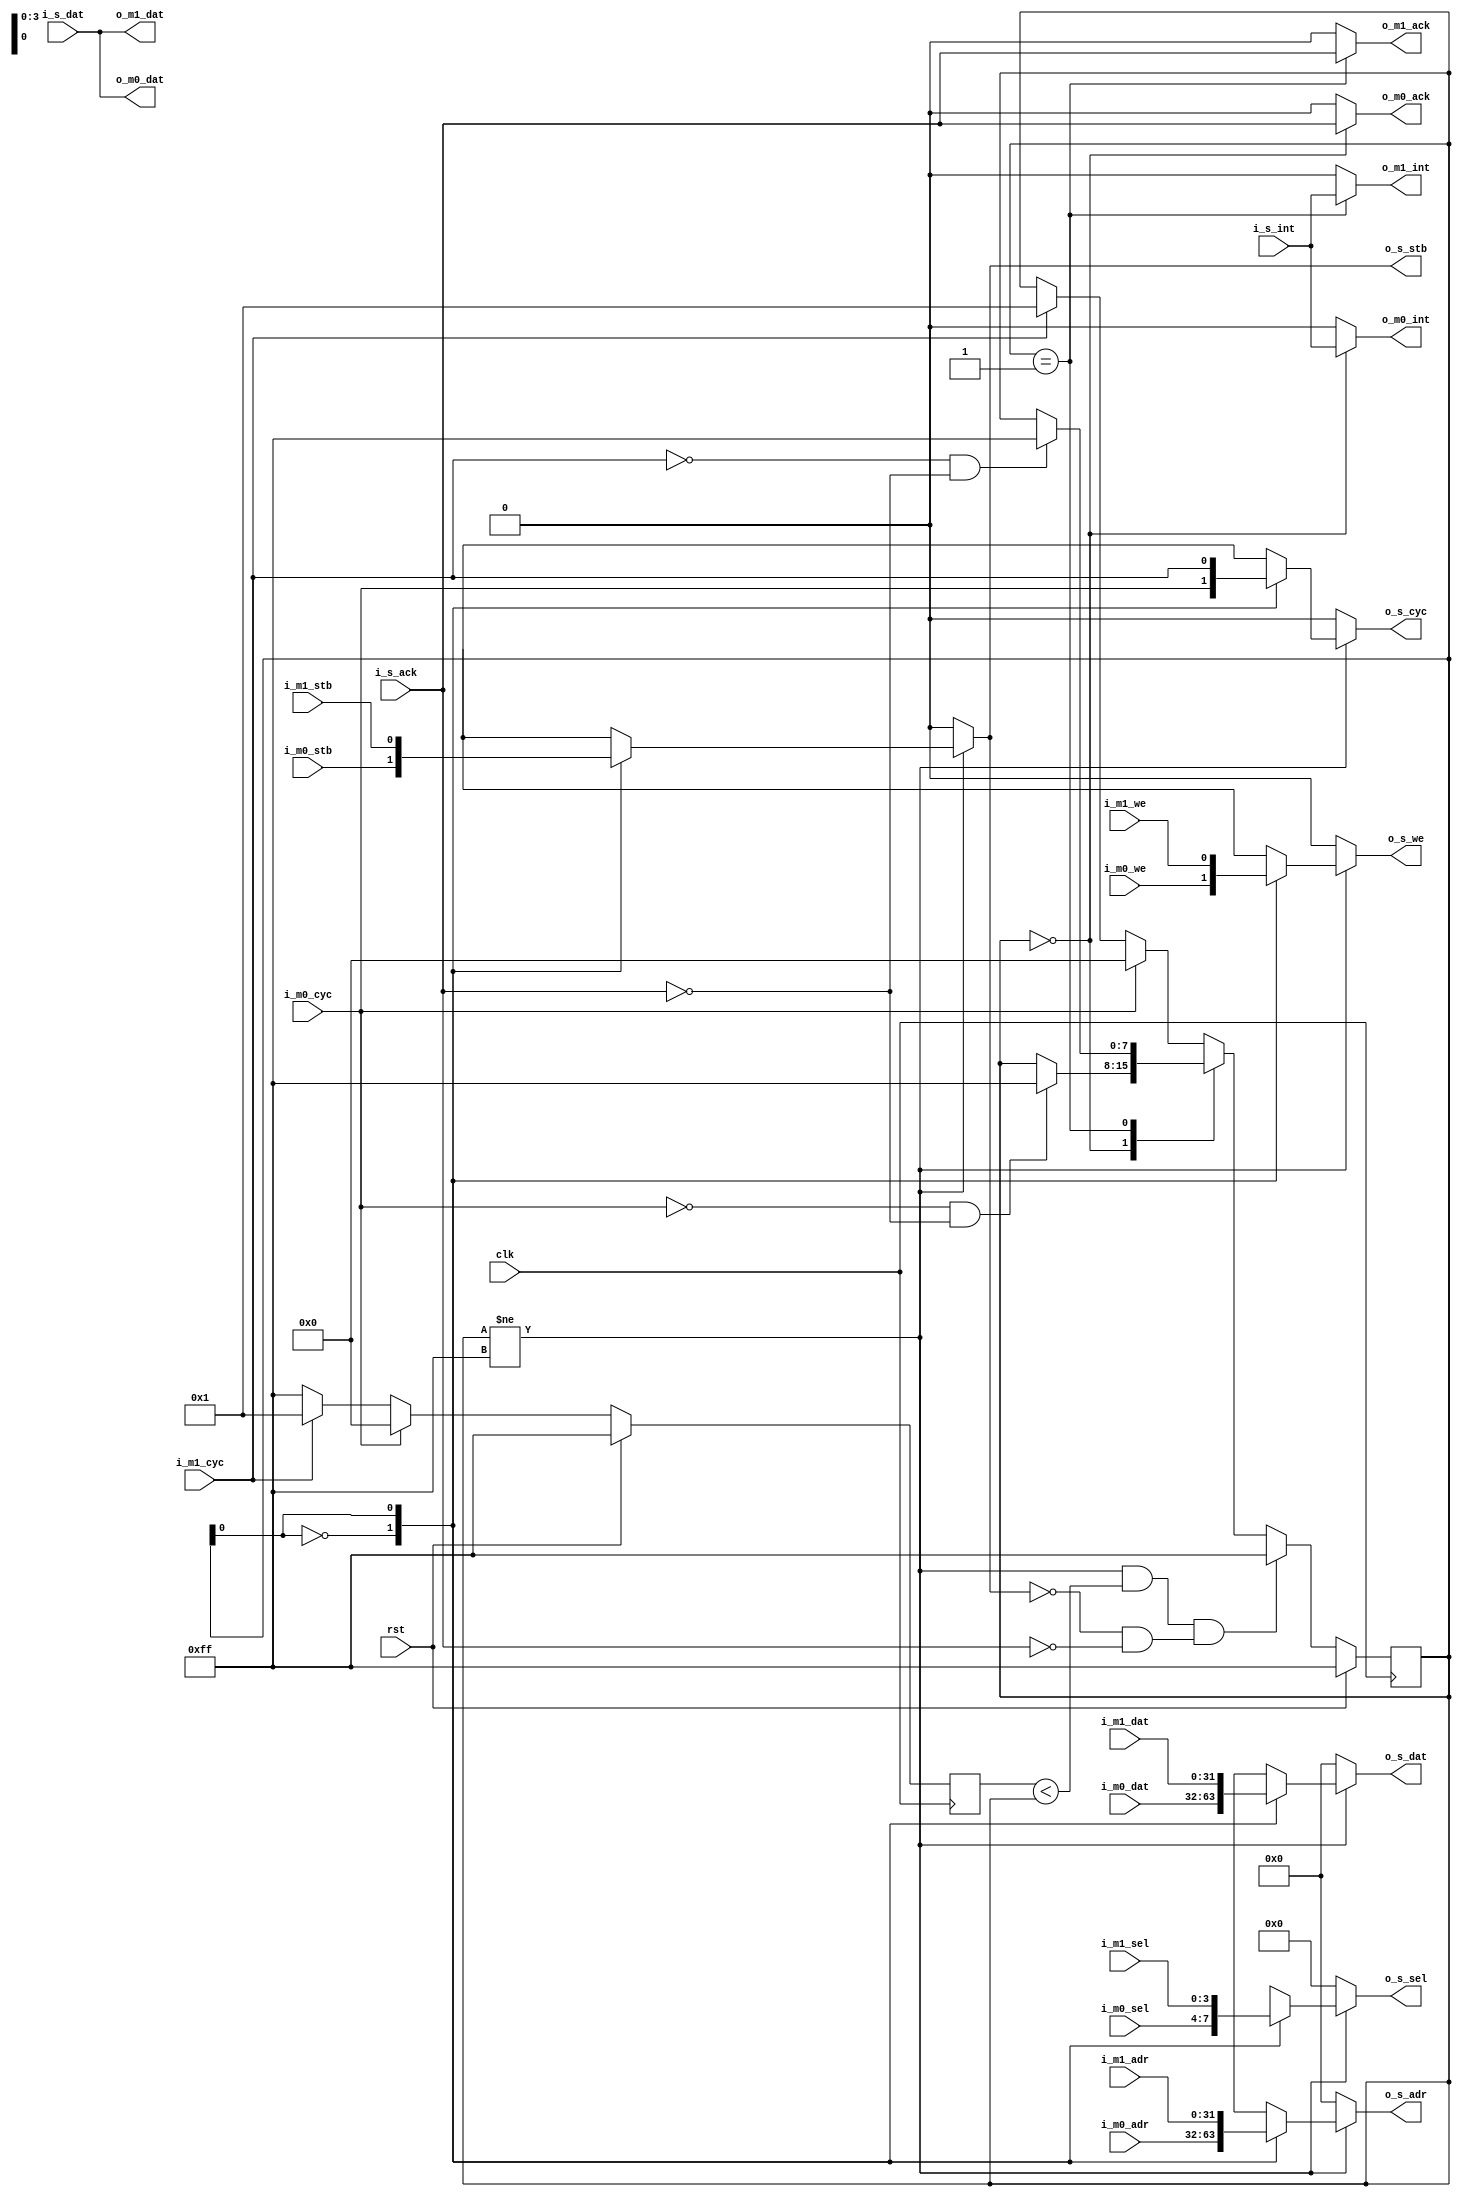
module arbiter_2_masters (
  //control signals
  input           clk,
  input           rst,

  //wishbone master ports
  input           i_m0_we,
  input           i_m0_cyc,
  input           i_m0_stb,
  input   [3:0]   i_m0_sel,
  output          o_m0_ack,
  input   [31:0]  i_m0_dat,
  output  [31:0]  o_m0_dat,
  input   [31:0]  i_m0_adr,
  output          o_m0_int,

  input           i_m1_we,
  input           i_m1_cyc,
  input           i_m1_stb,
  input   [3:0]   i_m1_sel,
  output          o_m1_ack,
  input   [31:0]  i_m1_dat,
  output  [31:0]  o_m1_dat,
  input   [31:0]  i_m1_adr,
  output          o_m1_int,


  //wishbone slave signals
  output          o_s_we,
  output          o_s_stb,
  output          o_s_cyc,
  output  [3:0]   o_s_sel,
  output  [31:0]  o_s_adr,
  output  [31:0]  o_s_dat,
  input   [31:0]  i_s_dat,
  input           i_s_ack,
  input           i_s_int
);

localparam        MASTER_COUNT = 2;

//registers/wires
//this should be parameterized
reg [7:0]         master_select;
reg [7:0]         priority_select;


wire              o_master_we  [MASTER_COUNT - 1:0];
wire              o_master_stb [MASTER_COUNT - 1:0];
wire              o_master_cyc [MASTER_COUNT - 1:0];
wire  [3:0]       o_master_sel [MASTER_COUNT - 1:0];
wire  [31:0]      o_master_adr [MASTER_COUNT - 1:0];
wire  [31:0]      o_master_dat [MASTER_COUNT - 1:0];


//master select block
localparam        MASTER_NO_SEL   = 8'hFF;
localparam        MASTER_0     = 0;
localparam        MASTER_1     = 1;


always @ (posedge clk) begin
  if (rst) begin
    master_select <= MASTER_NO_SEL;
  end
  else begin
    case (master_select)
      MASTER_0: begin
        if (~i_m0_cyc && ~i_s_ack) begin
          master_select <= MASTER_NO_SEL;
        end
      end
      MASTER_1: begin
        if (~i_m1_cyc && ~i_s_ack) begin
          master_select <= MASTER_NO_SEL;
        end
      end
      default: begin
        //nothing selected
        if (i_m0_cyc) begin
          master_select <= MASTER_0;
        end
        else if (i_m1_cyc) begin
          master_select <= MASTER_1;
        end
      end
    endcase
    if ((master_select != MASTER_NO_SEL) && (priority_select < master_select) && (!o_s_stb && !i_s_ack))begin
      master_select  <=  MASTER_NO_SEL;
    end
  end
end


//priority select




always @ (posedge clk) begin
  if (rst) begin
    priority_select <= MASTER_NO_SEL;
  end
  else begin
    //find the highest priority
    if (i_m0_cyc) begin
      priority_select  <= MASTER_0;
    end
    else if (i_m1_cyc) begin
      priority_select  <= MASTER_1;
    end
    else begin
      priority_select  <= MASTER_NO_SEL;
    end
  end
end




//slave assignments
assign  o_s_we  = (master_select != MASTER_NO_SEL) ? o_master_we[master_select]  : 0;
assign  o_s_stb = (master_select != MASTER_NO_SEL) ? o_master_stb[master_select] : 0;
assign  o_s_cyc = (master_select != MASTER_NO_SEL) ? o_master_cyc[master_select] : 0;
assign  o_s_sel = (master_select != MASTER_NO_SEL) ? o_master_sel[master_select] : 0;
assign  o_s_adr = (master_select != MASTER_NO_SEL) ? o_master_adr[master_select] : 0;
assign  o_s_dat = (master_select != MASTER_NO_SEL) ? o_master_dat[master_select] : 0;


//write select block
assign o_master_we[MASTER_0] = i_m0_we;
assign o_master_we[MASTER_1] = i_m1_we;



//strobe select block
assign o_master_stb[MASTER_0] = i_m0_stb;
assign o_master_stb[MASTER_1] = i_m1_stb;



//cycle select block
assign o_master_cyc[MASTER_0] = i_m0_cyc;
assign o_master_cyc[MASTER_1] = i_m1_cyc;



//select select block
assign o_master_sel[MASTER_0] = i_m0_sel;
assign o_master_sel[MASTER_1] = i_m1_sel;



//address seelct block
assign o_master_adr[MASTER_0] = i_m0_adr;
assign o_master_adr[MASTER_1] = i_m1_adr;



//data select block
assign o_master_dat[MASTER_0] = i_m0_dat;
assign o_master_dat[MASTER_1] = i_m1_dat;




//assign block
assign o_m0_ack = (master_select == MASTER_0) ? i_s_ack : 0;
assign o_m0_dat = i_s_dat;
assign o_m0_int = (master_select == MASTER_0) ? i_s_int : 0;

assign o_m1_ack = (master_select == MASTER_1) ? i_s_ack : 0;
assign o_m1_dat = i_s_dat;
assign o_m1_int = (master_select == MASTER_1) ? i_s_int : 0;



endmodule